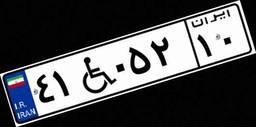
۴۱W۰۵۲۱۰